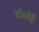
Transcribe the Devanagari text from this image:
डॉर्साई